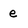
Character: e